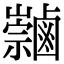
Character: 𪉻